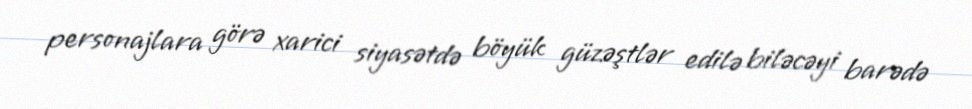
personajlara görə xarici siyasətdə böyük güzəştlər edilə biləcəyi barədə